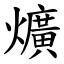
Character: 爌